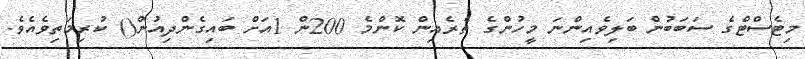
މިޓެސްޓްގެ ސަބަބުން ބަލިވެއިންނަ މީހުންގެ ތެރެއިން ކޮންމެ 200ން 1އަށް ބައިގެންދިއުން() ކުރިމަތިވެއެވެ.